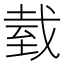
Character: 臷